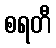
စရတီ